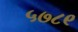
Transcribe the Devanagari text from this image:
५७८९